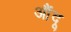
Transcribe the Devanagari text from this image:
औंदू